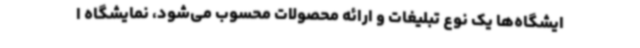
ایشگاه‌ها یک نوع تبلیغات و ارائه محصولات محسوب می‌شود، نمایشگاه ا